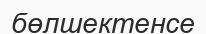
бөлшектенсе